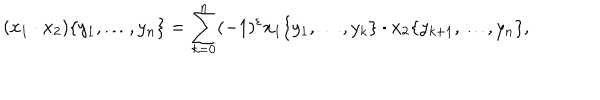
( x _ { 1 } \cdot x _ { 2 } ) \{ y _ { 1 } , \dots , y _ { n } \} = \sum _ { k = 0 } ^ { n } ( - 1 ) ^ { \varepsilon } x _ { 1 } \{ y _ { 1 } , \dots , y _ { k } \} \cdot x _ { 2 } \{ y _ { k + 1 } , \dots , y _ { n } \} ,